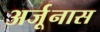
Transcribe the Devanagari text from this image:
अर्जूनास